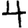
Digit: 4